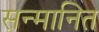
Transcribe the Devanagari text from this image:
सन्‍मानित